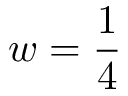
w = \frac { 1 } { 4 }